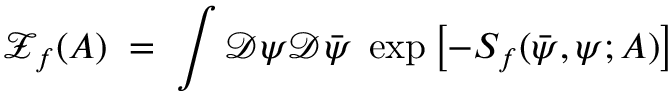
{ \mathcal Z } _ { f } ( A ) \; = \; \int { \mathcal D } \psi { \mathcal D } { \bar { \psi } } \; \exp \left[ - S _ { f } ( { \bar { \psi } } , \psi ; A ) \right]